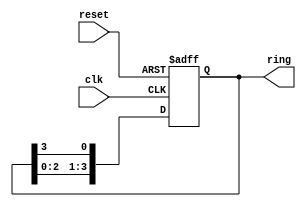
module RingCounter (
    input wire clk,
    input wire reset,
    output reg [3:0] ring
);

reg [3:0] temp;

always @(posedge clk or posedge reset) begin
    if (reset) begin
        temp <= 4'b0001;
    end else begin
        temp <= {temp[2:0], temp[3]};
    end
end

assign ring = temp;

endmodule